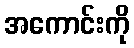
အကောင်းကို